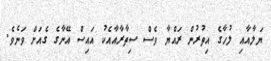
ޔަލާއާއި ލުހާގެ އިތުރުން ރައްޔާ ވެސް ސިތާރާއާއެކު އައިސް އޭނާގެ ގެއަށް ވަނެވެ.